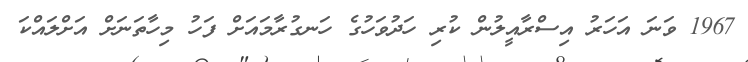
1967 ވަނަ އަހަރު އިސްރާއީލުން ކުރި ހަދުވަހުގެ ހަނގުރާމައަށް ފަހު މިހާތަނަށް އަށްލައްކަ